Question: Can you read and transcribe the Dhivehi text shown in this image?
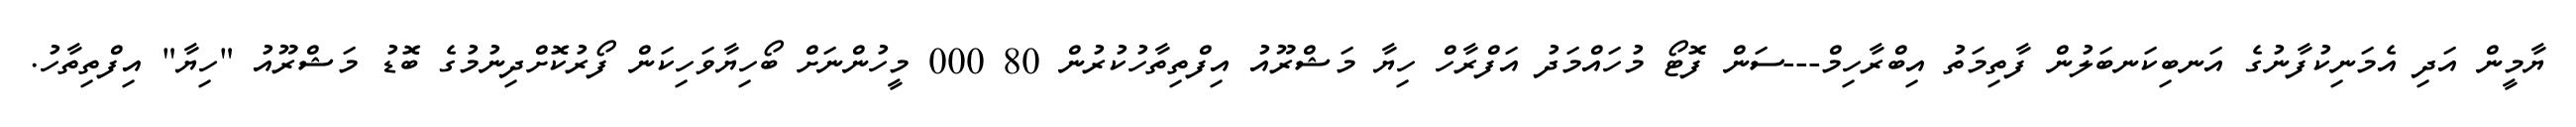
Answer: ޔާމީން އަދި އެމަނިކުފާނުގެ އަނބިކަނބަލުން ފާތިމަތު އިބްރާހިމް---ސަން ފޮޓޯ މުހައްމަދު އަފްރާހް ހިޔާ މަޝްރޫއު އިފްތިތާހުކުރުން 80 000 މީހުންނަށް ބޯހިޔާވަހިކަން ފޯރުކޮށްދިނުމުގެ ބޮޑު މަޝްރޫއު "ހިޔާ" އިފްތިތާހު.